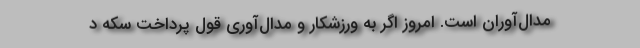
مدال‌آوران است. امروز اگر به ورزشکار و مدال‌آوری قول پرداخت سکه د